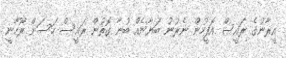
އީރާނުގެ ރައީސް އޮފީހުން ނެރުނު ބަޔާނެއް ބުނާ ގޮތުން ރައީސް ހަސަން ރޫހާނީ